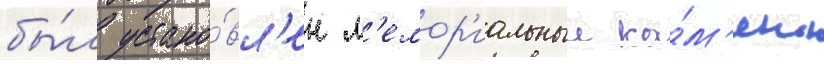
бы́л устано́вл'ен м'емор'иальныи ка́м'ень